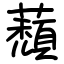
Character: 蘈